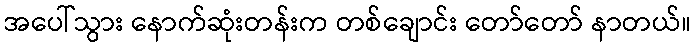
အပေါ်သွား နောက်ဆုံးတန်းက တစ်ချောင်း တော်တော် နာတယ်။